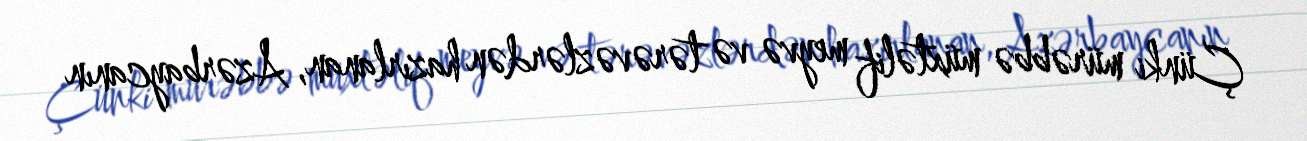
Çünki mürəbbə müxtəlif meyvə və tərəvəzlərdən hazırlanan, Azərbaycanın